Report on the lunatic asylums under the Government of Bombay - 1904-1913
Year: 1904
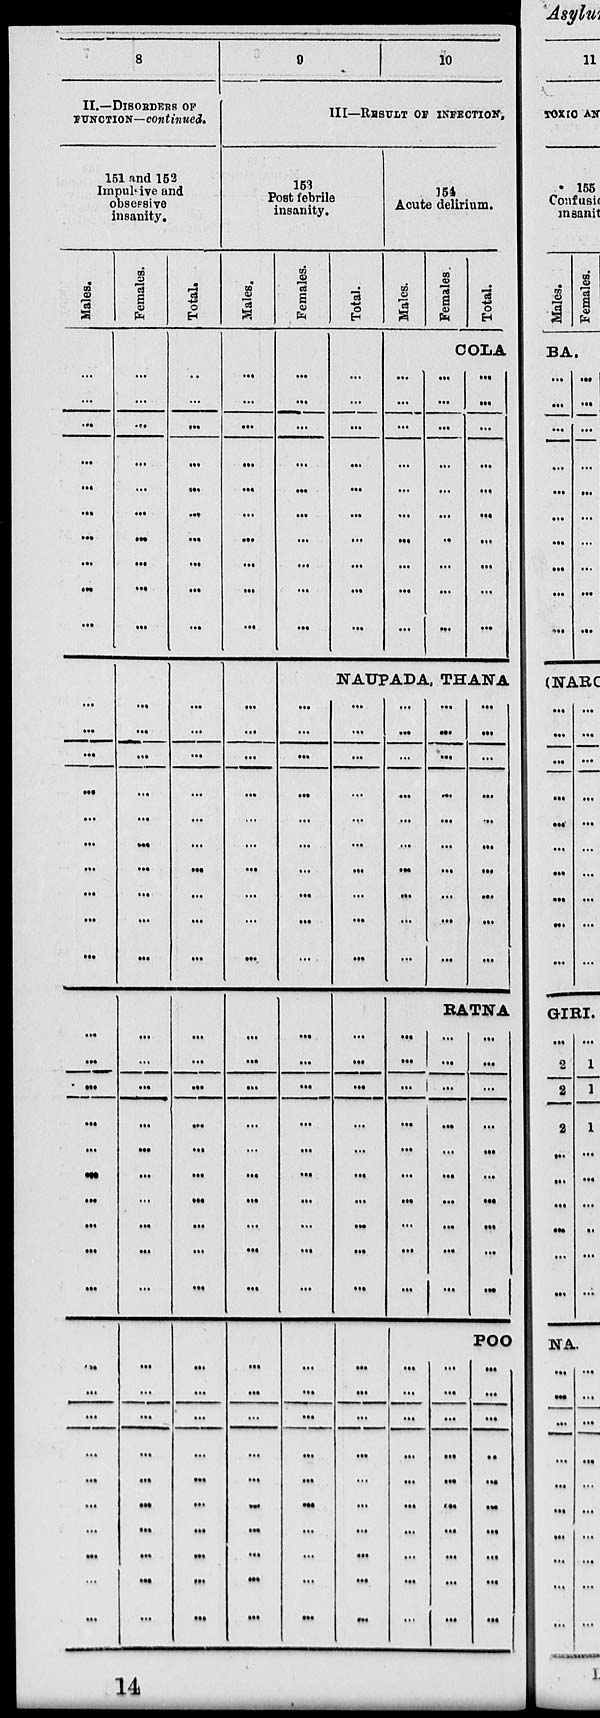
8
II.—DISORDERS OF
FUNCTION—continued.
151 and 152
Impulsive and
obsessive
insanity.
Males.
...
...
...
...
...
...
...
...
...
...
...
...
...
...
...
...
...
...
...
...
...
...
...
...
...
...
...
...
...
...
...
...
...
...
...
...
...
...
...
...
Females.
...
...
...
...
...
...
...
...
...
...
...
...
...
...
...
...
...
...
...
...
...
...
...
...
...
...
...
...
...
...
...
...
...
...
...
...
...
...
...
...
Total.
...
...
...
...
...
...
...
...
...
...
...
...
...
...
...
...
...
...
...
...
...
...
...
...
...
...
...
...
...
...
...
...
...
...
...
...
...
...
...
...
9
10
III—RESULT OF INFECTION.
153
Post febrile
insanity.
Males.
...
...
...
...
...
...
...
...
...
...
...
...
...
...
...
...
...
...
...
...
...
...
...
...
...
...
...
...
...
...
...
...
...
...
...
...
...
...
...
...
Females.
...
...
...
...
...
...
...
...
...
...
Total.
...
...
...
...
...
...
...
...
...
...
154
Acute delirium.
Males.
Females.
Total.
COLA
...
...
...
...
...
...
...
...
...
...
...
...
...
...
...
...
...
...
...
...
...
...
...
...
...
...
...
...
...
...
NAUPADA, THANA
...
...
...
...
...
...
...
...
...
...
...
...
...
...
...
...
...
...
...
...
...
...
...
...
...
...
...
...
...
...
...
...
...
...
...
...
...
...
...
...
...
...
...
...
...
...
...
...
...
...
...
...
...
...
...
...
...
...
...
...
...
...
...
...
...
...
...
...
...
...
...
...
...
...
...
...
...
...
...
...
...
...
...
...
...
...
...
...
...
...
RATNA
...
...
...
...
...
...
...
...
...
...
...
...
...
...
...
...
...
...
...
...
...
...
...
...
...
...
...
...
...
...
POO
...
...
...
...
...
...
...
...
...
...
...
...
...
...
...
...
...
...
...
...
...
...
...
...
...
...
...
...
...
...
14